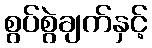
စွပ်စွဲချက်နှင့်